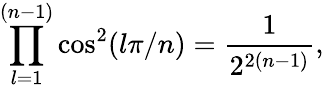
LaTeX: \prod_{l=1}^{(n-1)}\cos^{2}(l\pi/n)={\frac{1}{2^{2(n-1)}}},